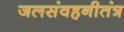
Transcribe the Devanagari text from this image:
जलसंवहनीतंत्र